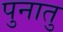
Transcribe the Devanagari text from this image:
पुनातु